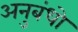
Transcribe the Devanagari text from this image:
अनुबंधो